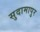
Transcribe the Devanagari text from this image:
सुदामापुर